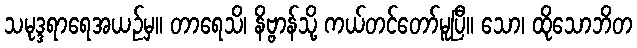
သမုဒ္ဒရာရေအယဉ်မှ။ တာရေသိ၊ နိဗ္ဗာန်သို့ ကယ်တင်တော်မူပြီ။ သော၊ ထိုသောဘိတ